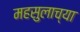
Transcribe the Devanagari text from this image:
महसुलाच्या